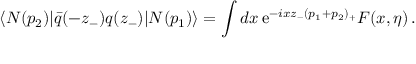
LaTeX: \langle N ( p _ { 2 } ) | \bar { q } ( - z _ { - } ) q ( z _ { - } ) | N ( p _ { 1 } ) \rangle = \int d x \, \mathrm { e } ^ { - i x z _ { - } ( p _ { 1 } + p _ { 2 } ) _ { + } } F ( x , \eta ) \, .